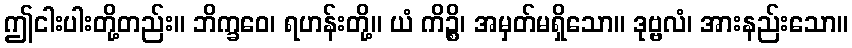
ဤငါးပါးတို့တည်း။ ဘိက္ခဝေ၊ ရဟန်းတို့။ ယံ ကိဉ္စိ၊ အမှတ်မရှိသော။ ဒုဗ္ဗလံ၊ အားနည်းသော။